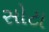
સોટા